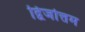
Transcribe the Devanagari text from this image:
द्विजोत्तम